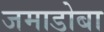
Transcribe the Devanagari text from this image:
जमाडोबा